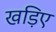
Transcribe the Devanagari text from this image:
खड़िए